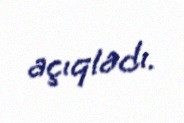
açıqladı.